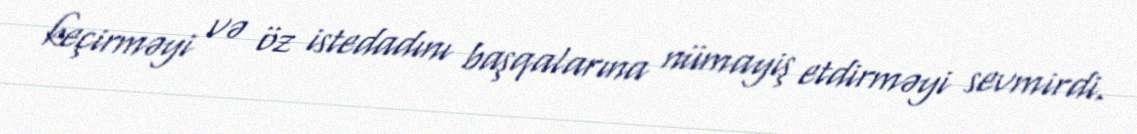
keçirməyi və öz istedadını başqalarına nümayiş etdirməyi sevmirdi.